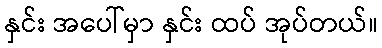
နှင်း အပေါ်မှာ နှင်း ထပ် အုပ်တယ်။